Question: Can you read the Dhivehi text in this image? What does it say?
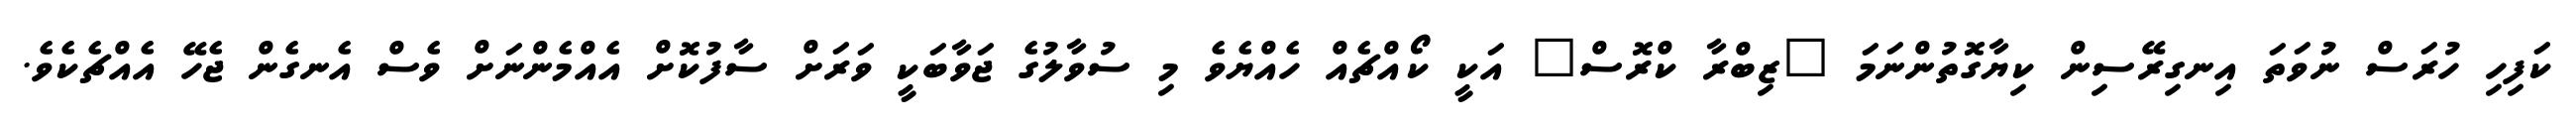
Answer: ކަފިހި ހުރަސް ނުވަތަ އިނގިރޭސިން ކިޔާގޮތުންނަމަ "ޒިބްރާ ކްރޮސް" އަކީ ކޯއްޗެއް ހެއްޔެވެ މި ސުވާލުގެ ޖަވާބަކީ ވަރަށް ސާފުކޮށް އެއްމެންނަށް ވެސް އެނގެން ޖެހޭ އެއްޗެކެވެ.